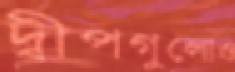
দ্বীপগুলোও